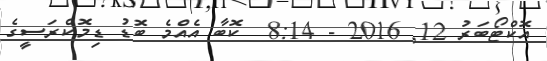
އޮކްޓޯބަރު 12